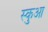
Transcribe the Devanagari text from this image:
स्कुआ